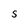
Character: S